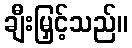
ချီးမြှင့်သည်။